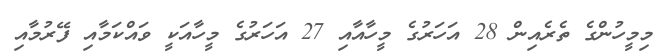
މިމީހުންގެ ތެރެއިން 28 އަހަރުގެ މީހާއާއި 27 އަހަރުގެ މީހާއަކީ ވައްކަމާއި ފޭރުމާއި